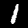
Label: 1